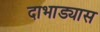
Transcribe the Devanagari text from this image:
दाभाड्यास